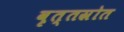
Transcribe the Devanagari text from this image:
वृत्तस्रोत